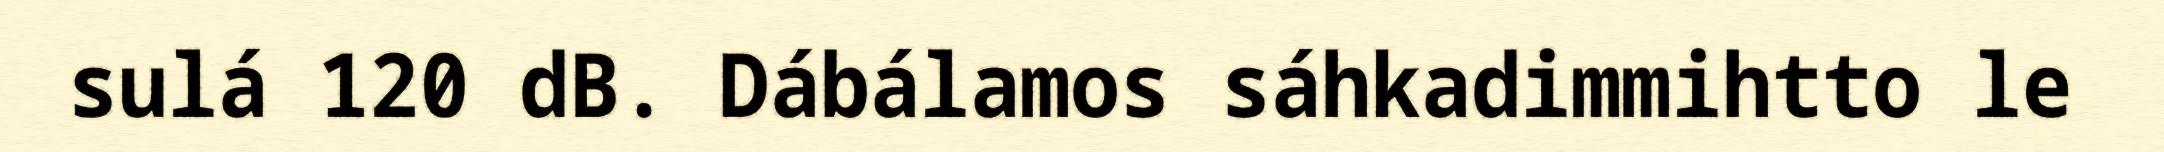
sulá 120 dB. Dábálamos sáhkadimmihtto le